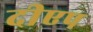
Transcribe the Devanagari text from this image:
दीएप